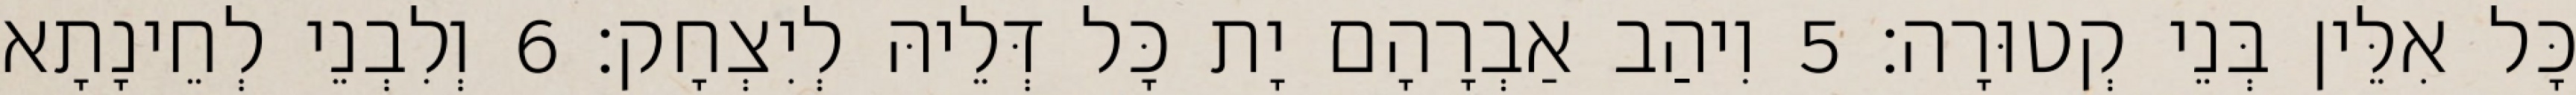
כָּל אִלֵּין בְּנֵי קְטוּרָה׃ 5 וִיהַב אַבְרָהָם יָת כָּל דְּלֵיהּ לְיִצְחָק׃ 6 וְלִבְנֵי לְחֵינָתָא